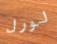
لورل